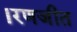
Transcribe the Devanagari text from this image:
।रणजीत